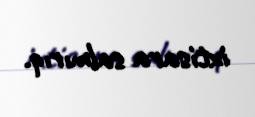
ixtisara salmırıq.